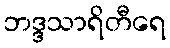
ဘဒ္ဒသာရိတီရေ